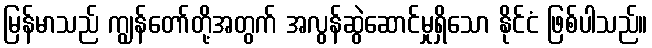
မြန်မာသည် ကျွန်တော်တို့အတွက် အလွန်ဆွဲဆောင်မှုရှိသော နိုင်ငံ ဖြစ်ပါသည်။